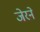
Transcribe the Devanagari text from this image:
जेरने